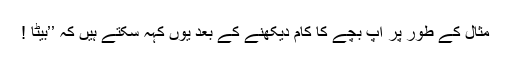
مثال کے طور پر آپ بچے کا کام دیکھنے کے بعد یوں کہہ سکتے ہیں کہ ’’بیٹا !